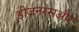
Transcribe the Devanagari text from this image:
डीजनरसऔर